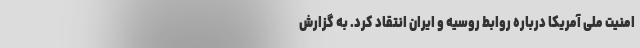
امنیت ملی آمریکا درباره روابط روسیه و ایران انتقاد کرد. به گزارش